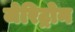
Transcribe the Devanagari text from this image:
जेरिट्रोन